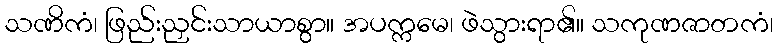
သဏိကံ၊ ဖြည်းညှင်းသာယာစွာ။ အပက္ကမေ၊ ဖဲသွားရာ၏။ သကုဏဇာတကံ၊